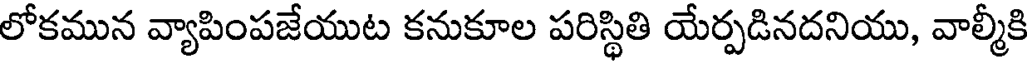
లోకమున వ్యాపింపజేయుట కనుకూల పరిస్థితి యేర్పడినదనియు, వాల్మీకి